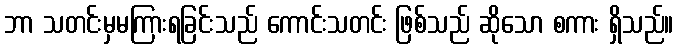
ဘာ သတင်းမှမကြားရခြင်းသည် ကောင်းသတင်း ဖြစ်သည် ဆိုသော စကား ရှိသည်။